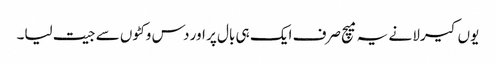
یوں کیرلا نے یہ میچ صرف ایک ہی بال پر اور دس وکٹوں سے جیت لیا۔